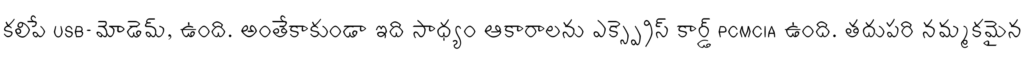
కలిపే USB-మోడెమ్, ఉంది. అంతేకాకుండా ఇది సాధ్యం ఆకారాలను ఎక్స్ప్రెస్ కార్డ్ PCMCIA ఉంది. తదుపరి నమ్మకమైన